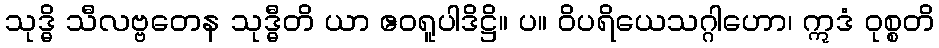
သုဒ္ဓိ သီလဗ္ဗတေန သုဒ္ဓီတိ ယာ ဧဝရူပါဒိဋ္ဌိ။ ပ။ ဝိပရိယေသဂ္ဂါဟော၊ ဣဒံ ဝုစ္စတိ